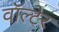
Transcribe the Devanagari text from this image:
वॉल्टेर